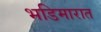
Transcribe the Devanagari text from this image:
भडिमारात